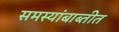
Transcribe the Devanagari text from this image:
समस्यांबाब्तीत